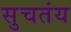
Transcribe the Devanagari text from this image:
सुचतंय